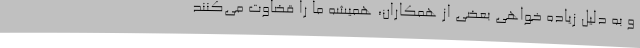
و به دلیل زیاده خواهی بعضی از همکاران،‌ همیشه ما را قضاوت می‌کنند